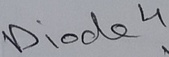
Text: Diode4